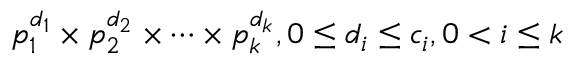
p _ { 1 } ^ { d _ { 1 } } \times p _ { 2 } ^ { d _ { 2 } } \times \cdots \times p _ { k } ^ { d _ { k } } , 0 \leq d _ { i } \leq c _ { i } , 0 < i \leq k